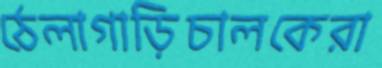
ঠেলাগাড়িচালকেরা